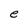
Character: e